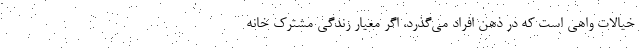
خیالات واهی است که در ذهن افراد می‌گذرد، اگر معیار زندگی مشترک خانه